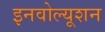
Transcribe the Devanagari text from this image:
इनवोल्यूशन